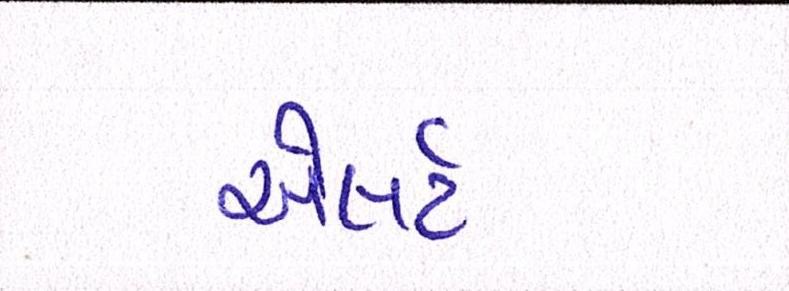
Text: એલર્ટ